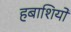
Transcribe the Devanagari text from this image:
हबाशियों